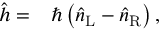
\begin{array} { r l } { \hat { h } = } & { { } \hbar \left( \hat { n } _ { \mathrm { L } } - \hat { n } _ { \mathrm { R } } \right) , } \end{array}